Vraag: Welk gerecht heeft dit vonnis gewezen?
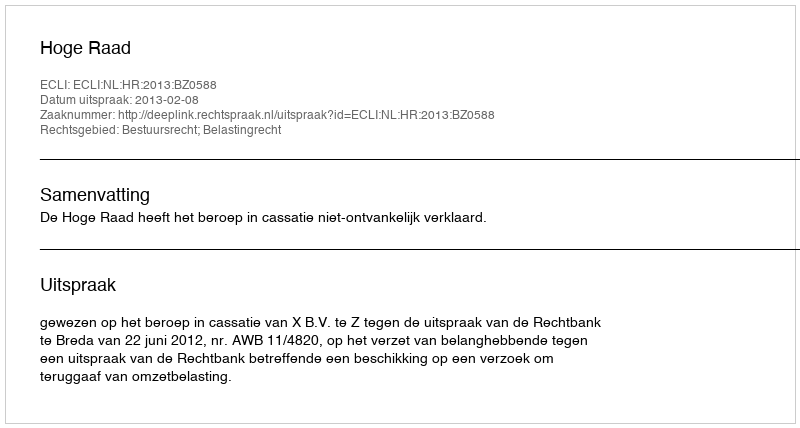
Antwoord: Hoge Raad